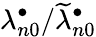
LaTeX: \lambda_{n0}^{\bullet}/\widetilde\lambda_{n0}^{\bullet}